Annual report of lunatic asylums [Bombay] - 1912-1922
Year: 1912
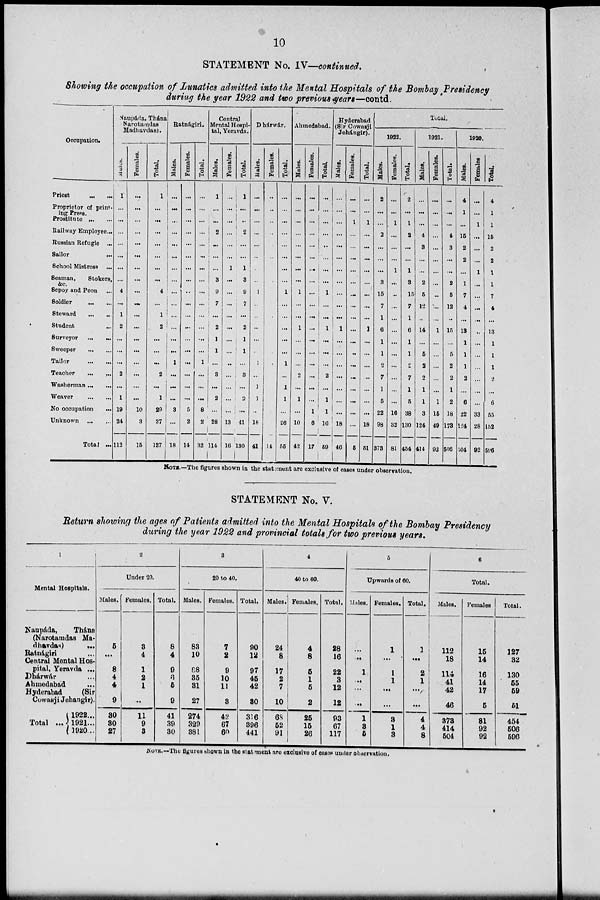
10
STATEMENT No. IV—continued.
Showing the occupation of Lunatics admitted into the Mental Hospitals of the Bombay Presidency
during the year 1922 and two previous years—contd.
Occupation.
Priest ... ...
Proprietor of print-
ing Press.
Prostitute ... ...
Railway Employee...
Russian Refugie
...
Sailor ...
School Mistress ...
Seaman,
Stokers,
&c.
Sepoy and Peon ...
Soldier ... ...
Steward ... ...
Student ...
Surveyor ... ...
Sweeper ... ...
Tailor ... ...
Teacher ... ...
Washerman ... ...
Weaver ... ...
No occupation
...
Unknown ... ...
Total ...
Naupáda, Thána
Narotamdas
Madhavdas).
Males.
1
...
...
...
...
...
...
4
...
1
2
...
...
...
2
...
1
19
24
112
Females.
...
...
...
...
...
...
...
...
...
...
...
...
...
...
...
...
...
10
3
15
Total,
1
...
...
...
...
...
...
4
...
1
2
...
...
...
2
...
1
29
27
127
Ratnágiri.
Males.
...
...
...
...
...
...
...
...
...
...
...
...
...
1
...
...
...
3
...
18
Females.
...
...
...
...
...
...
...
...
...
...
...
...
...
...
...
...
...
5
2
14
Total.
...
...
...
...
...
...
...
...
...
...
...
...
...
1
...
...
...
8
2
32
Central
Mental Hospi-
tal, Yeravda.
Males.
1
...
2
...
...
...
3
9
7
...
2
1
...
...
8
...
2
...
28
114
Females.
...
...
...
...
...
1
...
...
...
...
...
...
...
...
...
...
...
...
13
16
Total.
1
...
2
...
...
1
3
9
7
...
2
1
...
...
3
...
2
...
41
130
Dhárwár.
Males.
...
...
...
...
...
...
...
1
...
...
...
...
...
1
...
1
1
...
18
41
Females.
...
...
...
...
...
...
...
...
...
...
...
...
...
...
...
...
...
14
Total.
...
...
...
...
...
...
...
1
...
...
...
...
...
1
...
1
1
...
26
55
Ahmedabad.
Males.
...
...
...
...
...
...
...
1
...
...
1
...
...
...
2
...
1
...
10
42
Females.
...
...
...
...
...
...
...
...
...
...
...
...
...
...
...
...
...
1
6
17
Total.
...
...
...
...
...
...
1
...
...
1
...
...
...
2
...
1
1
16
59
Hyderabad
(Sir Cowasji
Jehángir).
Males.
...
...
...
...
...
...
...
...
...
...
1
...
...
...
...
...
...
...
18
46
Females.
...
1
...
...
...
...
...
...
...
...
...
...
...
...
...
...
...
...
...
5
Total.
...
1
...
...
...
...
...
...
...
...
1
...
...
...
...
...
...
...
18
51
Total.
1922.
Males.
2
...
2
...
...
...
3
15
7
1
6
1
1
2
7
1
6
22
98
373
Females.
...
1
...
...
...
1
...
...
...
...
...
...
...
...
...
...
...
16
32
81
Total.
2
1
2
...
...
1
3
15
7
1
6
1
1
2
7
1
6
38
130
454
1921.
Males.
...
...
4
3
...
...
2
6
12
...
14
...
5
2
2
1
1
3
124
414
Females.
...
...
...
...
...
...
...
...
...
...
1
...
...
...
...
...
1
16
49
92
Total.
...
...
4
3
...
...
2
6
12
...
15
...
5
2
2
1
2
18
173
506
1920.
Males.
4
1
16
2
2
...
1
7
4
...
13
1
1
1
2
...
6
22
124
504
Females
...
1
...
...
...
1
...
...
...
...
...
...
...
...
...
...
...
33
28
92
Total.
4
1
16
2
2
1
1
7
4
...
13
1
1
1
2
...
6
55
152
596
NOTE.—The figures shown in the statement are exclusive of cases under observation.
STATEMENT No. V.
Return showing the ages of Patients admitted into the Mental Hospitals of the Bombay Presidency
during the year 1922 and provincial totals for two previous years.
1
Mental Hospitals.
Naupáda,
Thána
(Narotamdas Ma-
dhavdas)
...
Ratnágiri ...
Central Mental Hos-
pital, Yeravda ...
Dhárwár ...
Ahmedabad ...
Hyderabad
(Sir
Cowasji Jehangir).
Total ...
1922...
1921...
1920..
2
Under 20.
Males.
5
...
8
4
4
9
30
30
27
Females.
3
4
1
2
1
...
11
9
8
Total.
8
4
9
6
5
9
41
39
30
3
20 to 40.
Males.
83
10
88
35
31
27
274
329
381
Females.
7
2
9
10
11
3
42
67
60
Total.
90
12
97
45
42
30
316
396
441
4
40 to 60.
Males.
24
8
17
2
7
10
68
52
91
Females.
4
8
6
1
5
2
25
15
26
Total.
28
16
22
3
12
12
93
67
117
5
Upwards of 60.
Males.
...
...
1
...
...
...
1
3
5
Females.
1
...
1
1
...
...
3
1
3
Total.
1
...
2
1
...
...
4
4
8
6
Total.
Males.
112
18
114
41
42
46
373
414
504
Females
15
14
16
14
17
5
81
92
92
Total.
127
32
130
55
59
51
454
506
596
NOTE.—The figures shown in the statement are exclusive of cases under observation.